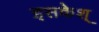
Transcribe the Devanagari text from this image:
इसकेश्